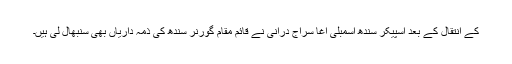
کے انتقال کے بعد اسپیکر سندھ اسمبلی آغا سراج درانی نے قائم مقام گورنر سندھ کی ذمہ داریاں بھی سنبھال لی ہیں۔